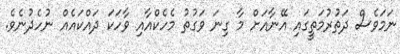
ނަމަވެސް ދަތުރުމަތީގައި އޭނާއަށް މާ ގިނަ ވަގުތު މެހެކްއާއި ވާހަކަ ދައްކައެއް ނުހެދުނެވެ.